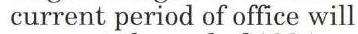
current period of office will